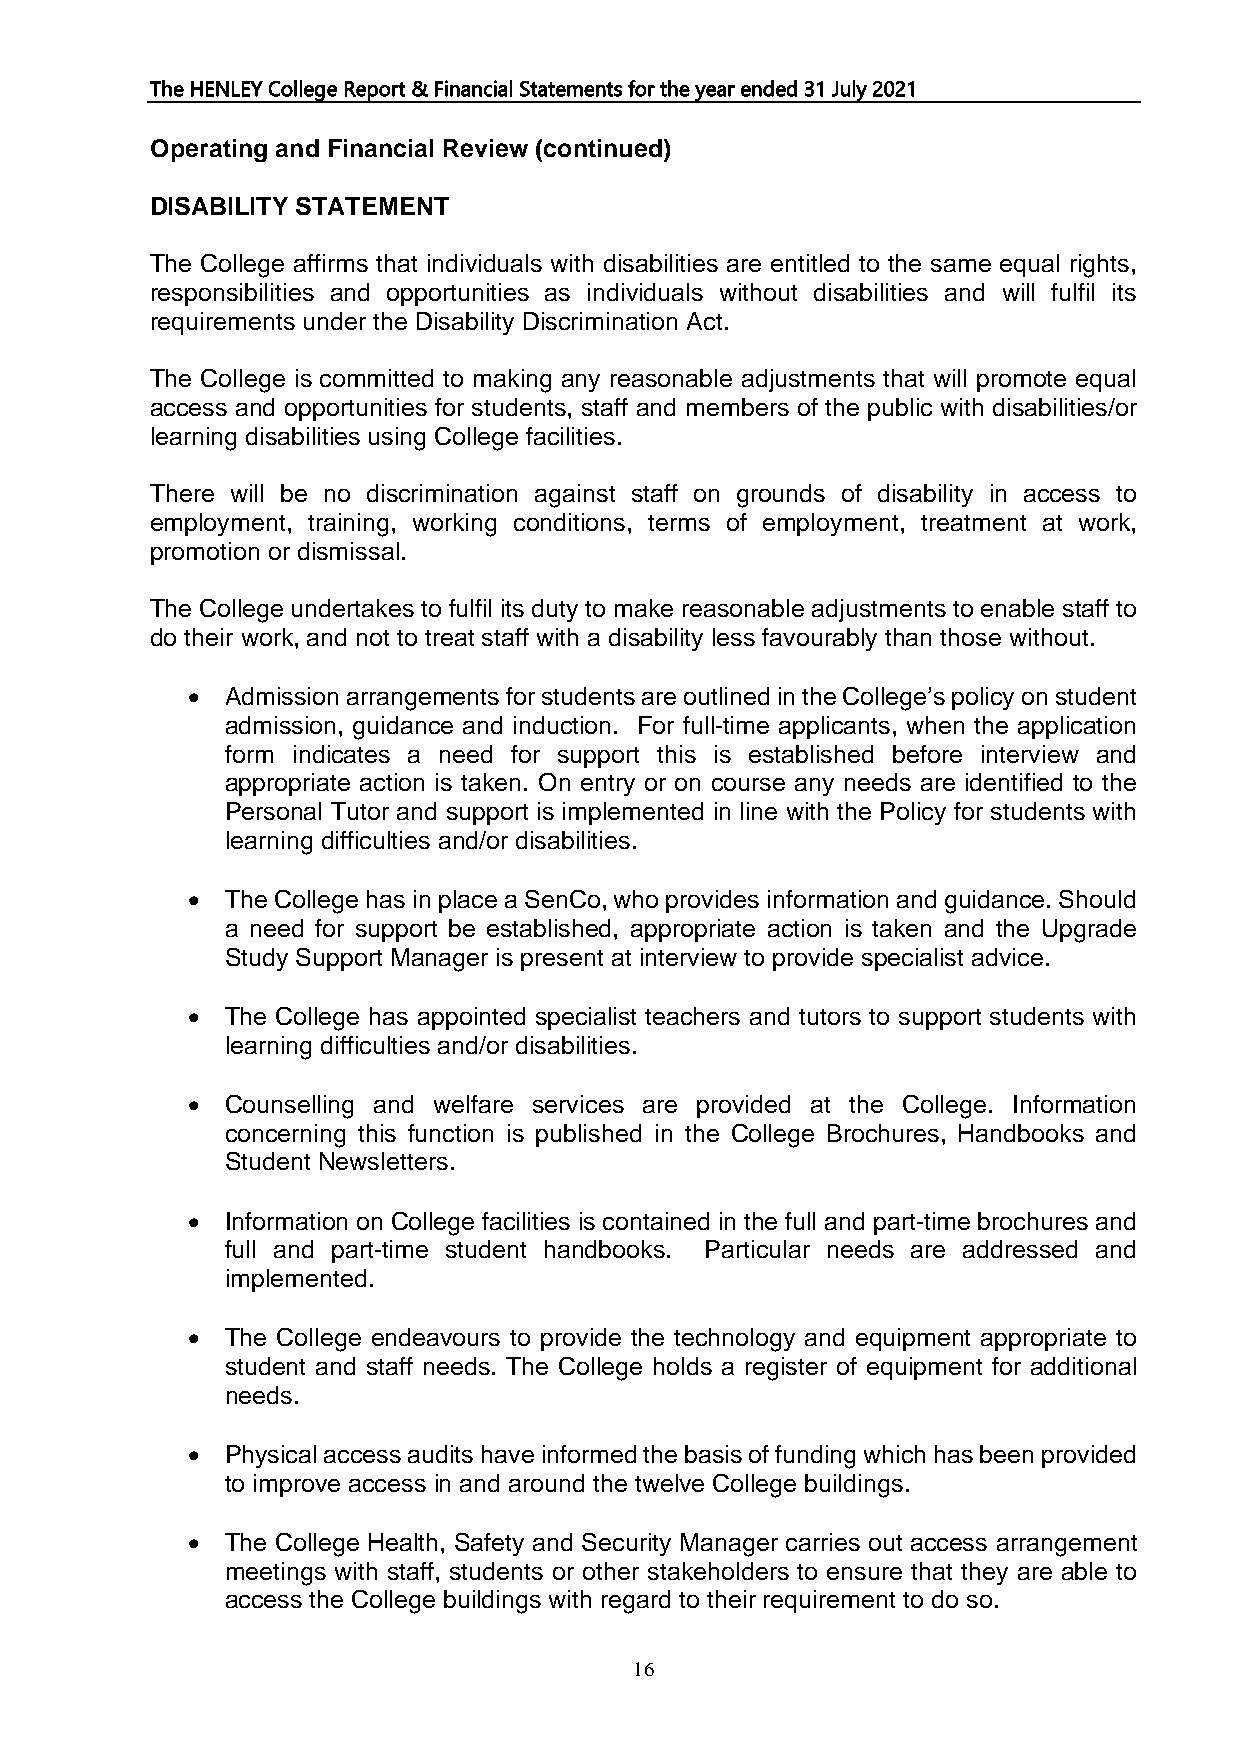
The HENLEY College Report & Financial Statements for the year ended 31 July 2021
 Operating and Financial Review (continued)
 DISABILITY STATEMENT
 The College affirms that individuals with disabilities are entitled to the same equal rights,
 responsibilities and opportunities as individuals without disabilities and will fulfil its
 requirements under the Disability Discrimination Act.
 The College is committed to making any reasonable adjustments that will promote equal
 access and opportunities for students, staff and members of the public with disabilities/or
 learning disabilities using College facilities.
 There will be no discrimination against staff on grounds of disability in access to
 employment, training, working conditions, terms of employment, treatment at work,
 promotion or dismissal.
 The College undertakes to fulfil its duty to make reasonable adjustments to enable staff to
 do their work, and not to treat staff with a disability less favourably than those without.
 •  Admission arrangements for students are outlined in the College’s policy on student
 admission, guidance and induction. For full-time applicants, when the application
 form indicates a need for support this is established before interview and
 appropriate action is taken. On entry or on course any needs are identified to the
 Personal Tutor and support is implemented in line with the Policy for students with
 learning difficulties and/or disabilities.
 •  The College has in place a SenCo, who provides information and guidance. Should
 a need for support be established, appropriate action is taken and the Upgrade
 Study Support Manager is present at interview to provide specialist advice.
 •  The College has appointed specialist teachers and tutors to support students with
 learning difficulties and/or disabilities.
 •  Counselling and welfare services are provided at the College. Information
 concerning this function is published in the College Brochures, Handbooks and
 Student Newsletters.
 •  Information on College facilities is contained in the full and part-time brochures and
 full and part-time student handbooks. Particular needs are addressed and
 implemented.
 •  The College endeavours to provide the technology and equipment appropriate to
 student and staff needs. The College holds a register of equipment for additional
 needs.
 •  Physical access audits have informed the basis of funding which has been provided
 to improve access in and around the twelve College buildings.
 •  The College Health, Safety and Security Manager carries out access arrangement
 meetings with staff, students or other stakeholders to ensure that they are able to
 access the College buildings with regard to their requirement to do so.
 16